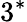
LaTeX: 3^{*}